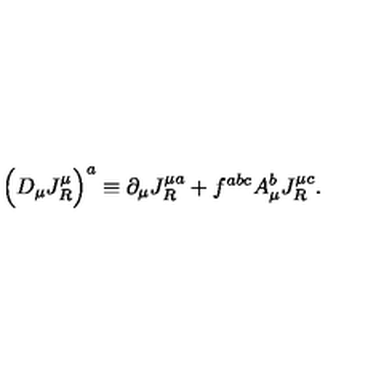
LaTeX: \Big ( D _ { \mu } J _ { R } ^ { \mu } \Big ) ^ { a } \equiv \partial _ { \mu } J _ { R } ^ { \mu a } + f ^ { a b c } A _ { \mu } ^ { b } J _ { R } ^ { \mu c } .